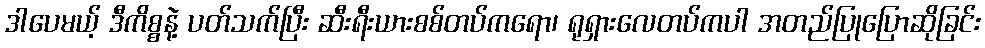
ဒါပေမယ့် ဒီကိစ္စနဲ့ ပတ်သက်ပြီး ဆီးရီးယားစစ်တပ်ကရော၊ ရုရှားလေတပ်ကပါ အတည်ပြုပြောဆိုခြင်း